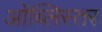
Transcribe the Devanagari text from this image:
ओब्लिस्तर